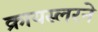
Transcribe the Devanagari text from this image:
क्रायस्लरने